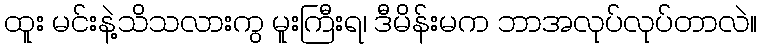
ထူး မင်းနဲ့သိသလားကွ မူးကြီးရ၊ ဒီမိန်းမက ဘာအလုပ်လုပ်တာလဲ။